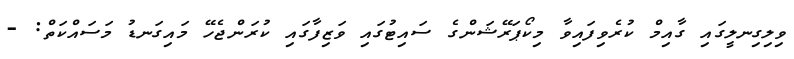
ވިލިގިނލީގައި ގާއިމް ކުރެވިފައިވާ މިކޯޕަރޭޝަންގެ ސައިޓުގައި ވަޒިފާގައި ކުރަންޖެހޭ މައިގަނޑު މަސައްކަތް: -